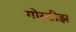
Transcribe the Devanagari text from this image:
गोस्टीझ